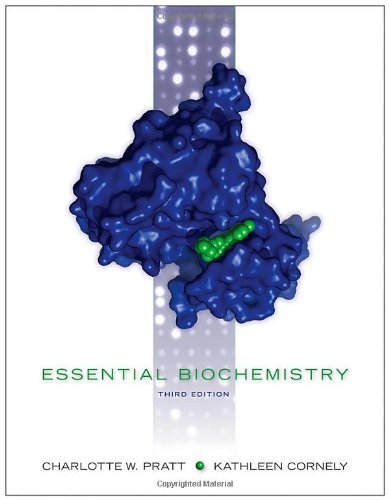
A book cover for Essential Biochemistry; Charlotte W. Pratt; Medical Books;